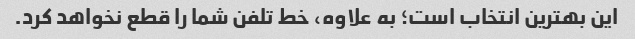
این بهترین انتخاب است؛ به علاوه، خط تلفن شما را قطع نخواهد کرد.